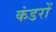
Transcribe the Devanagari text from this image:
कंडरों